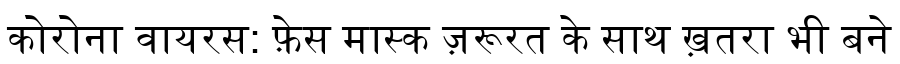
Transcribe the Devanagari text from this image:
कोरोना वायरस: फ़ेस मास्क ज़रूरत के साथ ख़तरा भी बने